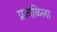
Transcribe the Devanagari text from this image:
प्रज्वळिला